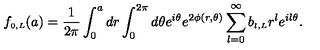
f _ { \scriptscriptstyle { 0 , L } } ( a ) = \frac { 1 } { 2 \pi } \int _ { 0 } ^ { a } d r \int _ { 0 } ^ { 2 \pi } d \theta e ^ { i \theta } e ^ { 2 \phi ( r , \theta ) } \sum _ { l = 0 } ^ { \infty } b _ { \scriptscriptstyle { l , L } } r ^ { l } e ^ { i l \theta } .